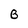
Character: B